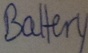
Text: Batttery